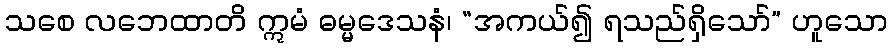
သစေ လဘေထာတိ ဣမံ ဓမ္မဒေသနံ၊ “အကယ်၍ ရသည်ရှိသော်” ဟူသော